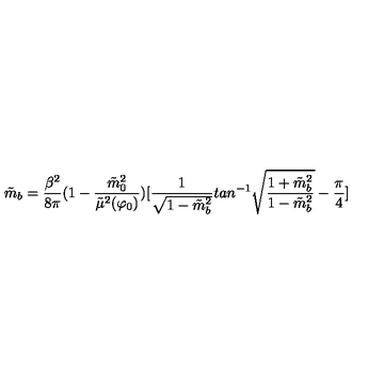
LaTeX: \tilde { m } _ { b } = { \frac { \beta ^ { 2 } } { 8 \pi } } ( 1 - { \frac { \tilde { m } _ { 0 } ^ { 2 } } { \tilde { \mu } ^ { 2 } ( \varphi _ { 0 } ) } } ) [ { \frac { 1 } { \sqrt { 1 - \tilde { m } _ { b } ^ { 2 } } } } t a n ^ { - 1 } \sqrt { { \frac { 1 + \tilde { m } _ { b } ^ { 2 } } { 1 - \tilde { m } _ { b } ^ { 2 } } } } - { \frac { \pi } { 4 } } ]